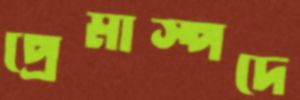
প্রেমাস্পদে